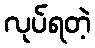
လုပ်ရတဲ့